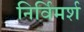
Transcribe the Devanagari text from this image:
निर्विमर्श